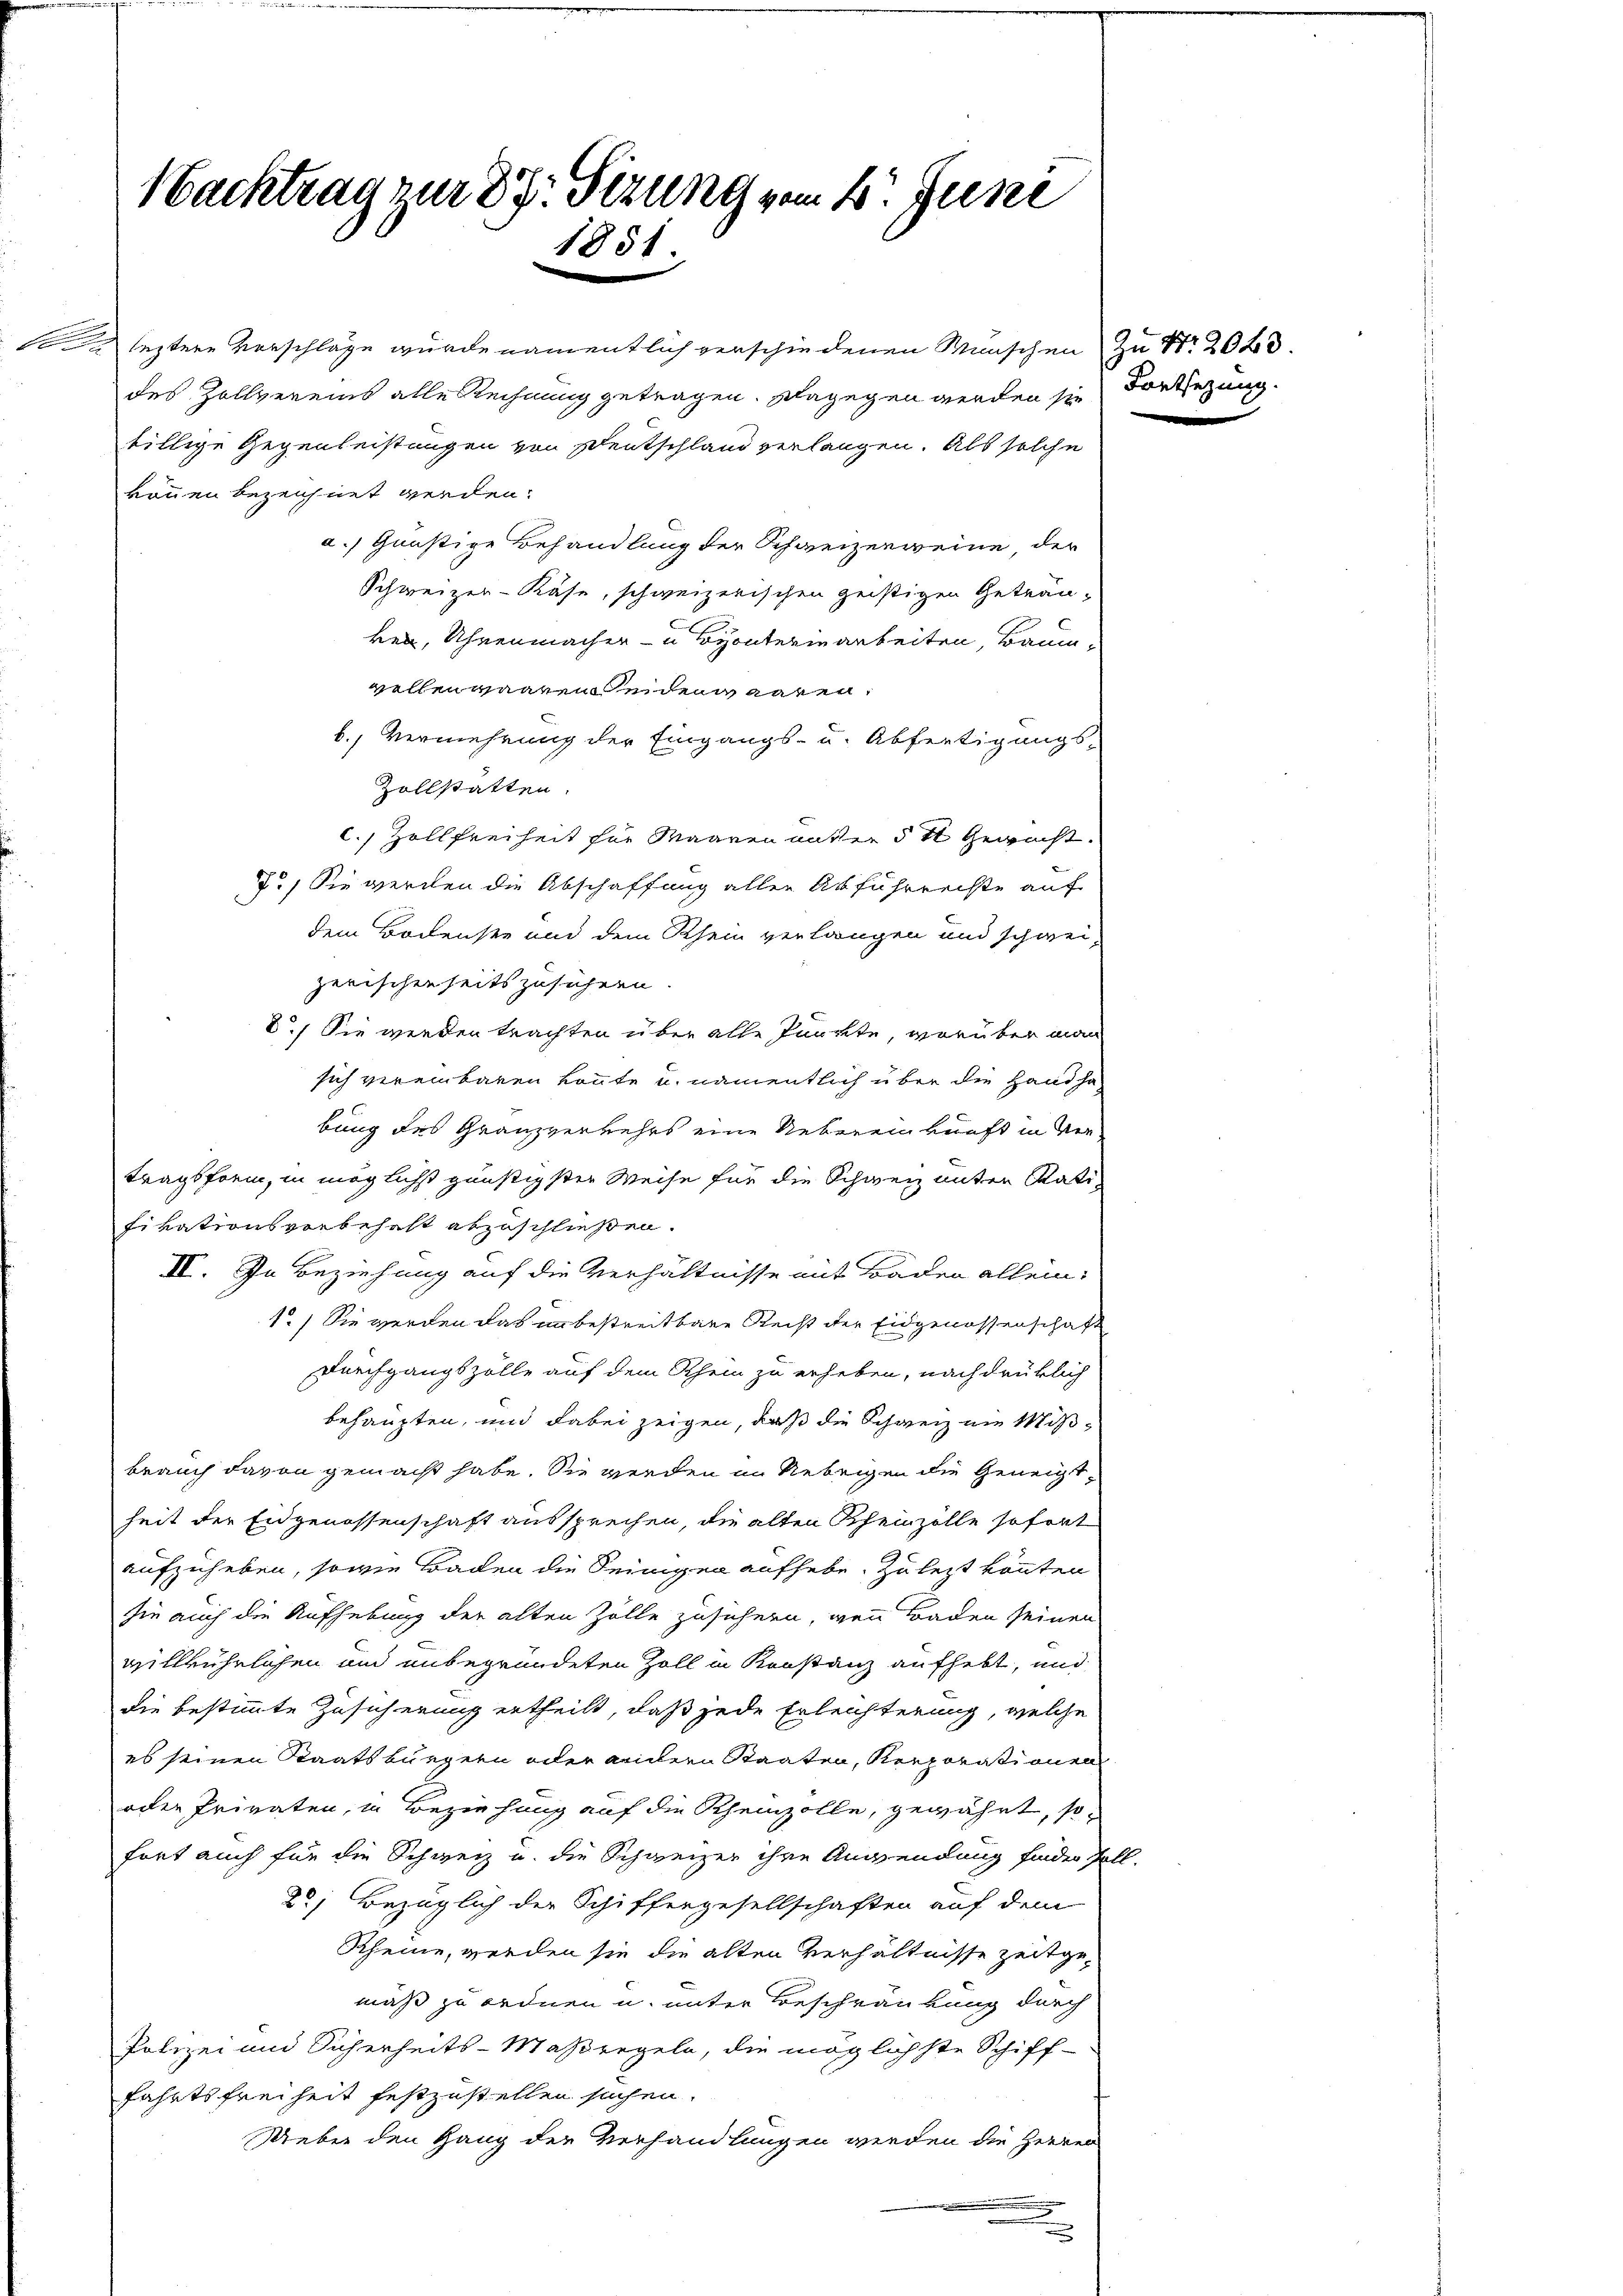
Nacktrag zur Dr. Sizung vom 4. Juni
1851

se leztere Vorschläge wurde namentlich verschiedenen Wünschen zu Nr. 2028.
billige Gegenleistungen von Deutschland verlangen. Als solche
können bezeichnet werden.
a.) Gunstige Behandlung der Schweizerweine, der
Schweizer-Käse, schweizerischen geistigen Geträu-
ken, Uhrenmacher- u Byonterin arbeiten, Baum
wellenwaarenden geren
b. Vermehrung der Eingangs- u. Abfertigungs-
Zollstatten.
C. Zollfreiheit für Maaren unter § 4 Gewicht.
7.) Sie werden die Abschaffung allen Abführreise auf
dem Bodenste und dem Rhein verlangen und schweizerischenseitszusichern.
8.) Sie werden trachten über alle Punkte, worüber man
sich vereinbaren könnte u. namentlich über die Handhabung des Granzverkehrs eine Uebereinkunft in Vertragsform, in möglichst günstigster Weise für die Schweiz unter Ratifivationsvorbehalt abzuschließen.
II. In Beziehung auf die Verhältnisse mit Baden allein¬
1.) Sie werden das in bestreitbare Recht der Eidgenossenschaft
Durchgangszölle auf dem Rhein zu erheben, nachdrüklich
behaupten, und dabei zeigen, daß die Schweiz ein Mißbrauch davon gemacht habe. Sie werden in Uebrigen die Geneigtheit der Eidgenossenschaft aussprechen, die alten Rheinzölle sofort
aufzuheben, sowie Baden die Seinigen aufhebe, zu lezt könnten
sie auch die Aufhebung der alten Zolle zusichern, wenn Baden seinen
willkührlichen und unbegründeten Zoll in Konstanz aufhebt, und
die bestimmte Zusicherung ertheilt, daß jede Erleichterung, welche
es seinen Staatsbürgern oder andern Staaten, Korporationen
oder Privaten, in Beziehung auf die Rheinzolle, gewährt, so-
fort auch für die Schweiz u. die Schweizer ihre Anwendung finder soll.
2) Bezüglich der Schiffergesellschaften auf dem
Rheine, werden sie die alten Verhältnisse zeitgemäß zu ordnen u. unter Beschränkung durch
Polizei und Sicherheits-Maßregeln, die möglichste Schiff-
fahrtsfreiheit festzustellen suchen.
Ueber den Gang der Verhandlungen werden die Herren
.
.

des Zollvereins alle Rechnung getragen. Dagegen werden sie Fortsezung.